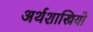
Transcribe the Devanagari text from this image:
अर्थशास्त्रियो